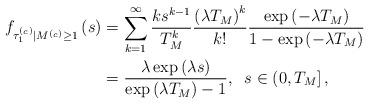
LaTeX: \begin{align*}f_{\tau^{(_c)}_1\vert M^{(_c)}\geq 1}\left(s\right) &= \sum_{k=1}^{\infty}\frac{k s^{k-1}}{T_{M}^k} \frac{\left( \lambda T_{M}\right) ^{k} }{k!}\frac{\exp \left( -\lambda T_{M}\right) }{1-\exp\left( -\lambda T_{M}\right)}\\&=\frac{\lambda \exp\left( \lambda s\right)}{\exp\left( \lambda T_{M}\right) -1 }, \;\;s\in \left(0,T_{M}\right],\end{align*}